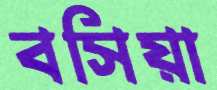
বসিয়া